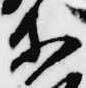
等